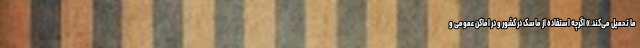
ما تحمیل می‌کند.» اگرچه استفاده از ماسک در کشور و در اماکن عمومی و